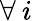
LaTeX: \forall\: i